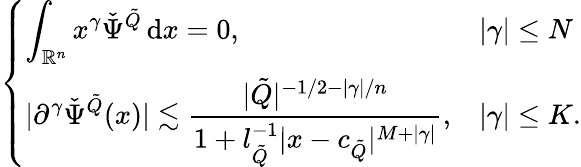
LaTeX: \begin{array}{r}{\left\{ \begin{array}{ll}{\displaystyle\int_{\mathbb{R}^{n}}x^{\gamma}\check{\Psi}^{\tilde{Q}}\, \mathrm{d}x=0,}&{|\gamma|\leq N}\\ {\displaystyle|\partial^{\gamma}\check{\Psi}^{\tilde{Q}}(x)|\lesssim\frac{|\tilde{Q}|^{-1/2-|\gamma|/n}}{1+l_{\tilde{Q}}^{-1}|x-c_{\tilde{Q}}|^{M+|\gamma|}},}&{|\gamma|\leq K.}\end{array}\right.}\end{array}